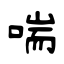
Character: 喘